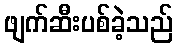
ဖျက်ဆီးပစ်ခဲ့သည်